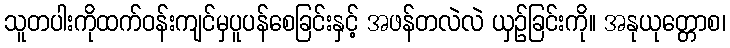
သူတပါးကိုထက်ဝန်းကျင်မှပူပန်စေခြင်းနှင့် အဖန်တလဲလဲ ယှဉ်ခြင်းကို။ အနုယုတ္တောစ၊